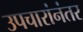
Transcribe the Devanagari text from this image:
उपचारांनंतर